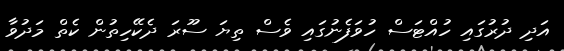
އަދި ދުރުގައި ހުއްޓަސް ހުވަފެނުގައި ވެސް ތިޔަ ސޫރަ ދެކޭހިތުން ކެތް މަދުވާ